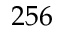
2 5 6